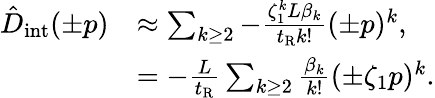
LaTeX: \begin{array}{rl}{\hat{D}_{\mathrm{int}}(\pm p)}&{\approx\sum_{k\geq 2}-\frac{\zeta_{1}^{k}L\beta_{k}}{t_{\mathrm{R}}k!}(\pm p)^{k},}\\ &{=-\frac{L}{t_{\mathrm{R}}}\sum_{k\geq 2}\frac{\beta_{k}}{k!}(\pm\zeta_{1}p)^{k}.}\end{array}